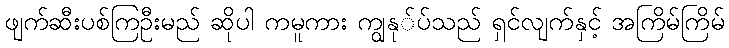
ဖျက်ဆီးပစ်ကြဦးမည် ဆိုပါ ကမူကား ကျွနု်ပ်သည် ရှင်လျက်နှင့် အကြိမ်ကြိမ်